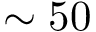
\sim 5 0